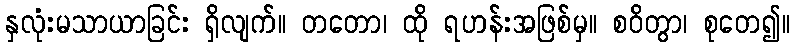
နှလုံးမသာယာခြင်း ရှိလျက်။ တတော၊ ထို ရဟန်းအဖြစ်မှ။ စဝိတွာ၊ စုတေ၍။